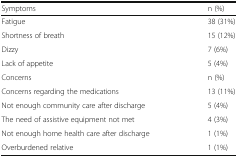
| Symptoms | n (%) |
 | --- | --- |
 | Fatigue | 38 (31%) |
 | Shortness of breath | 15 (12%) |
 | Dizzy | 7 (6%) |
 | Lack of appetite | 5 (4%) |
 | Concerns | n (%) |
 | Concerns regarding the medications | 13 (11%) |
 | Not enough community care after discharge | 5 (4%) |
 | The need of assistive equipment not met | 4 (3%) |
 | Not enough home health care after discharge | 1 (1%) |
 | Overburdened relative | 1 (1%) |